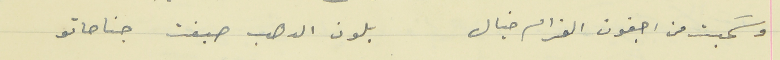
وسَحبت من اجفون الغرام خيال                           بلون الدهب صبغت جناحاتو